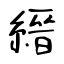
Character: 縉